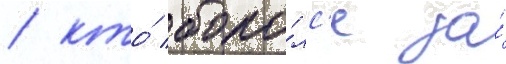
/ кто́ боро́лс'я за́